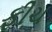
ફીચ